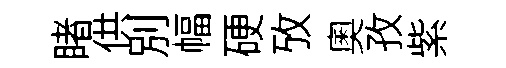
睹供別幅硬攷奥孜紫